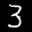
Label: 3